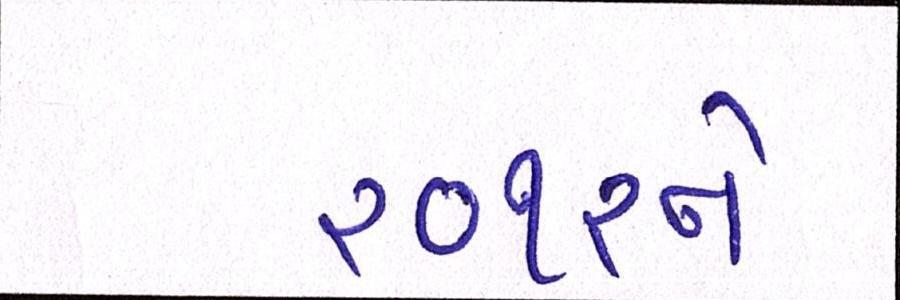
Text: ૨૦૧૨ને